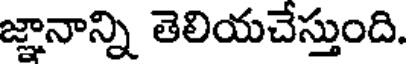
జ్ఞానాన్ని తెలియచేస్తుంది.